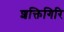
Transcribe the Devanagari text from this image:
शक्तिगिरि